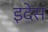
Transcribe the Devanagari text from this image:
इदेस